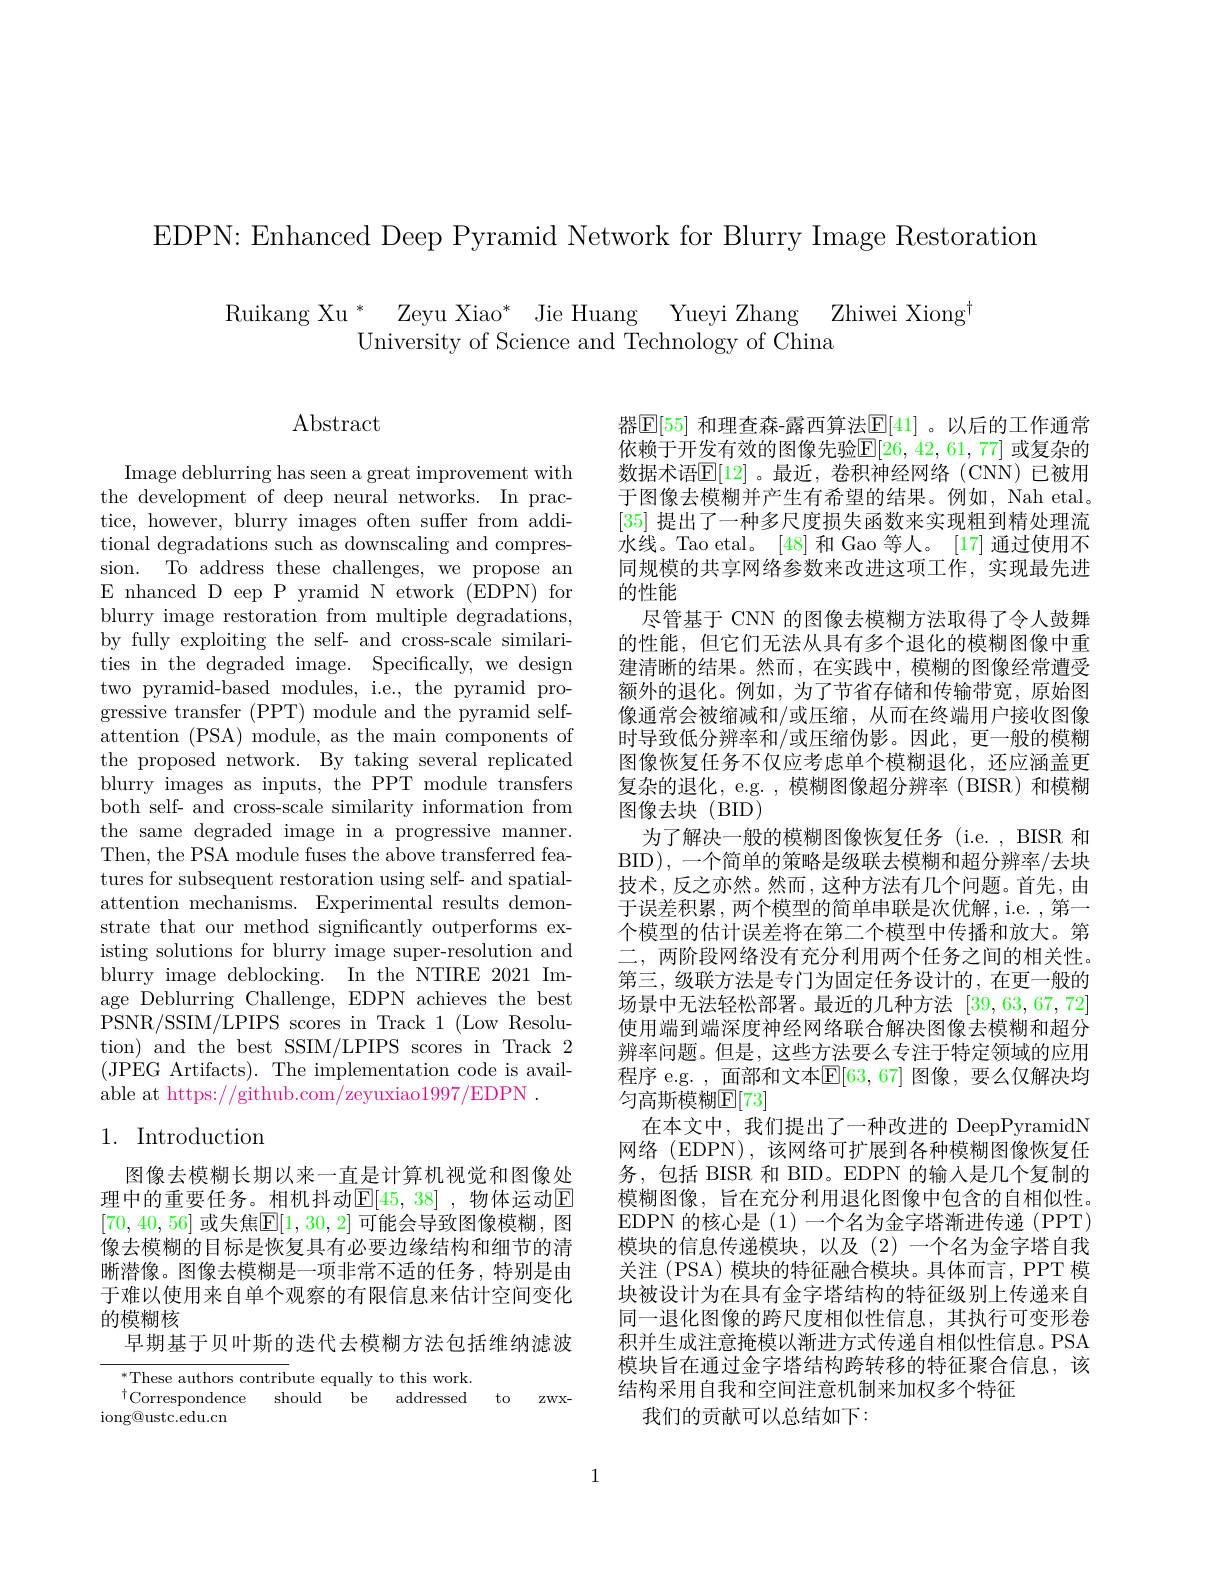
EDPN: Enhanced Deep Pyramid Network for Blurry Image Restoration

$\begin{array}{c}{\mathrm{Ruikang~Xu~}^{*}}&{\mathrm{Zeyu~Xiao}^{*}}&{\mathrm{Jie~Huang~Yueyi~Zhang~Zhiwei~Xiong}}\\&{\mathrm{University~of~Science~and~Technology~of~China}}\end{array}$

$\operatorname{Abstract}$

Image deblurring has seen a great improvement with the development of deep neural networks. In practice, however, blurry images often suffer from additional degradations such as downscaling and compression. To address these challenges, we propose an E nhanced D eep P yramid N etwork (EDPN) for blurry image restoration from multiple degradations, by fully exploiting the self- and cross-scale similarities in the degraded image. Specifically, we design two pyramid-based modules, i.e., the pyramid progressive transfer (PPT) module and the pyramid selfattention (PSA) module, as the main components of the proposed network. By taking several replicated blurry images as inputs, the PPT module transfers both self- and cross-scale similarity information from the same degraded image in a progressive manner. Then, the PSA module fuses the above transferred features for subsequent restoration using self- and spatialattention mechanisms. Experimental results demonstrate that our method significantly outperforms existing solutions for blurry image super-resolution and blurry image deblocking. In the NTIRE 2021 Image Deblurring Challenge, EDPN achieves the best PSNR/SSIM/LPIPS scores in Track 1 (Low Resolution) and the best SSIM/LPIPS scores in Track 2 (JPEG Artifacts).The implementation code is available at https://github.com/zeyuxiao1997/EDPN

器$\boxed{\mathbb{E}}[55]$ 和理查森-露西算法$\boxed{\mathbb{E}}[41]$ 。以后的工作通常依赖于开发有效的图像先验$\mathbb{E}[26,42,61,77]$ 或复杂的数据术语$\mathbb{E}[12]$ 。最近，卷积神经网络 (CNN) 已被用于图像去模糊并产生有希望的结果。例如，Nah etal。[35]提出了一种多尺度损失函数来实现粗到精处理流水线。Tao etal。[48] 和 Gao 等人。[17] 通过使用不同规模的共享网络参数来改进这项工作，实现最先进的性能
尽管基于 CNN 的图像去模糊方法取得了令人鼓舞的性能，但它们无法从具有多个退化的模糊图像中重建清晰的结果。然而，在实践中，模糊的图像经常遭受额外的退化。例如，为了节省存储和传输带宽，原始图像通常会被缩减和/或压缩，从而在终端用户接收图像时导致低分辨率和/或压缩伪影。因此，更一般的模糊图像恢复任务不仅应考虑单个模糊退化，还应涵盖更复杂的退化，e.g. , 模糊图像超分辨率 (BISR)和模糊图像去块(BID)
为了解决一般的模糊图像恢复任务(i.e.,BISR 和BID), 一个简单的策略是级联去模糊和超分辨率/去块技术，反之亦然。然而，这种方法有几个问题。首先，由于误差积累，两个模型的简单串联是次优解，i.e. , 第一个模型的估计误差将在第二个模型中传播和放大。第二，两阶段网络没有充分利用两个任务之间的相关性。第三，级联方法是专门为固定任务设计的，在更一般的场景中无法轻松部署。最近的几种方法[39,63,67,72] 使用端到端深度神经网络联合解决图像去模糊和超分辨率问题。但是，这些方法要么专注于特定领域的应用程序 e.g. , 面部和文本$\mathbb{E}[63,67]$ 图像，要么仅解决均匀高斯模糊$\mathbb{E}[73]$
在本文中，我们提出了一种改进的 DeepPyramidN 网络(EDPN),该网络可扩展到各种模糊图像恢复任务，包括 BISR 和 BID。EDPN 的输入是几个复制的模糊图像，旨在充分利用退化图像中包含的自相似性。EDPN 的核心是(1)一个名为金字塔渐进传递 (PPT) 模块的信息传递模块，以及(2)一个名为金字塔自我关注 (PSA) 模块的特征融合模块。具体而言，PPT 模块被设计为在具有金字塔结构的特征级别上传递来自同一退化图像的跨尺度相似性信息，其执行可变形卷积并生成注意掩模以渐进方式传递自相似性信息。PSA 模块旨在通过金字塔结构跨转移的特征聚合信息，该结构采用自我和空间注意机制来加权多个特征
我们的贡献可以总结如下：

## 1. Introduction

图像去模糊长期以来一直是计算机视觉和图像处理中的重要任务。相机抖动$\mathbb{E}|45,38|$,物体运动回[70,40,56] 或失焦$\mathbb{E}[1,30,2]$ 可能会导致图像模糊，图像去模糊的目标是恢复具有必要边缘结构和细节的清晰潜像。图像去模糊是一项非常不适的任务，特别是由于难以使用来自单个观察的有限信息来估计空间变化的模糊核
早期基于贝叶斯的迭代去模糊方法包括维纳滤波

$^*$These authors contribute equally to this work.
$^{\dagger}$Correspondence
should be addressed to zwx-
$\operatorname{iong@ustc.edu.cn}$

1